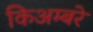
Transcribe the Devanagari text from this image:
किअम्बरे